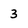
Character: 3